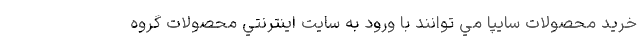
خريد محصولات سايپا مي توانند با ورود به سايت اينترنتي محصولات گروه